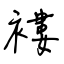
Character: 褸